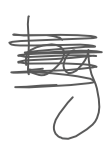
Text: by
Cross-out: scratch
Writing tool: digital_gray